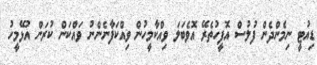
ޑިއުޓީ ނިމެންދެން ފުލުސް އޮފީހުތެރޭ އޮވެބަލަ ވިއްކާމީހުން ވިއްކަފާނެންނު ވައްކަން ކުރަން އުޅޭމީހު